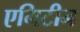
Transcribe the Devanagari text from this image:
एमिटीन